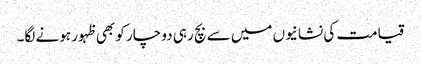
قیامت کی نشانیوں میں سے بچ رہی دو چار کو بھی ظہور ہونے لگا۔